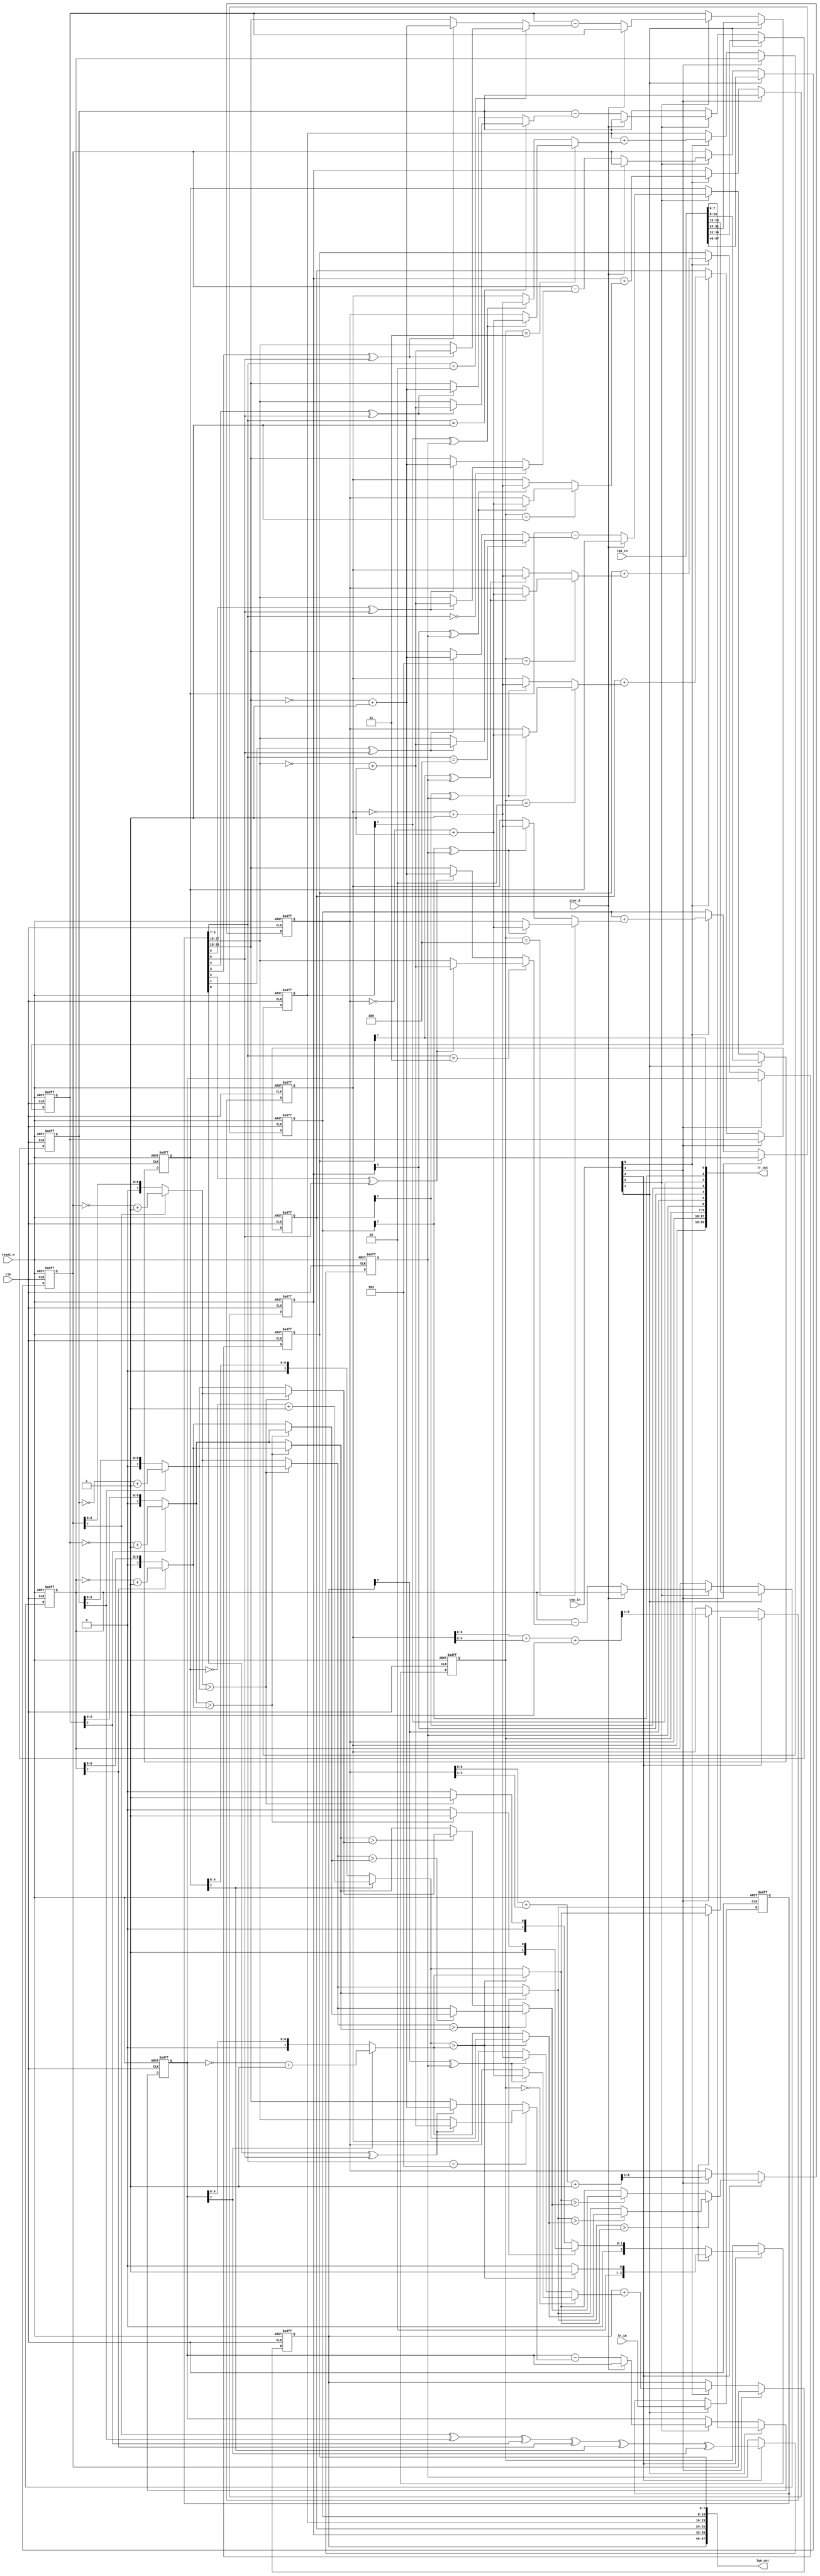
module comp_cell(
    clk,
    reset_n,
    iter_0,
    lq6_in,
    lr_in,
    cnu_in,
    lq6_out,
    lr_out
);

//Parameter
parameter D_WID = 8;

//Input ports
input                 clk        ;
input                 reset_n    ;
input                 iter_0     ;
input  [6*D_WID-1:0]  lq6_in     ;
input  [2*D_WID+9:0]  lr_in      ;
input  [6:0]          cnu_in     ;

//Output ports
output [6*D_WID-1:0]  lq6_out    ;
output [2*D_WID+9:0]  lr_out     ;

reg    [D_WID-1:0]    lq0        ;
reg    [D_WID-1:0]    lq1        ;
reg    [D_WID-1:0]    lq2        ;
reg    [D_WID-1:0]    lq3        ;
reg    [D_WID-1:0]    lq4        ;
reg    [D_WID-1:0]    lq5        ;
reg    [D_WID-1:0]    lq0_dly    ;   
reg    [D_WID-1:0]    lq1_dly    ;   
reg    [D_WID-1:0]    lq2_dly    ;   
reg    [D_WID-1:0]    lq3_dly    ;   
reg    [D_WID-1:0]    lq4_dly    ;   
reg    [D_WID-1:0]    lq5_dly    ;   
reg                   sign_xor   ;
reg    [D_WID-1:0]    abs_less_lq ;
reg    [D_WID-1:0]    abs_least_lq;
reg    [2:0]          least_loc  ; 
reg  [2*D_WID+9:0]    compress_lr;

wire                  in_dly     ;
wire                  in_dly2    ;
wire                  in_dly3    ;
wire                  in_dly4    ;
wire                  in_dly5    ;
wire   [D_WID-1:0]    lq0_diff   ;
wire   [D_WID-1:0]    lq1_diff   ;
wire   [D_WID-1:0]    lq2_diff   ;
wire   [D_WID-1:0]    lq3_diff   ;
wire   [D_WID-1:0]    lq4_diff   ;
wire   [D_WID-1:0]    lq5_diff   ;  
wire   [D_WID-1:0]    lq0_sum    ;  
wire   [D_WID-1:0]    lq1_sum    ;  
wire   [D_WID-1:0]    lq2_sum    ;  
wire   [D_WID-1:0]    lq3_sum    ;  
wire   [D_WID-1:0]    lq4_sum    ;  
wire   [D_WID-1:0]    lq5_sum    ;
wire   [D_WID-1:0]    new_lr0    ;
wire   [D_WID-1:0]    new_lr1    ;
wire   [D_WID-1:0]    new_lr2    ;
wire   [D_WID-1:0]    new_lr3    ;
wire   [D_WID-1:0]    new_lr4    ;
wire   [D_WID-1:0]    new_lr5    ;  
wire   [D_WID-1:0]    abs_lq0    ;  
wire   [D_WID-1:0]    abs_lq1    ;  
wire   [D_WID-1:0]    abs_lq2    ;  
wire   [D_WID-1:0]    abs_lq3    ;  
wire   [D_WID-1:0]    abs_lq4    ;  
wire   [D_WID-1:0]    abs_lq5    ;  
wire                  com0_1     ;
wire                  com2_3     ;
wire                  com4_5     ;
wire   [D_WID-1:0]    less01     ;
wire   [D_WID-1:0]    less23     ;
wire   [D_WID-1:0]    less45     ;
wire   [D_WID-1:0]    more01     ;
wire   [D_WID-1:0]    more23     ;
wire   [D_WID-1:0]    more45     ;
wire   [2:0]          ind_less01 ;
wire   [2:0]          ind_less23 ;
wire   [2:0]          ind_less45 ;
wire   [2:0]          ind_more01 ;
wire   [2:0]          ind_more23 ;
wire   [2:0]          ind_more45 ;
wire                  com01_23   ;
wire   [D_WID-1:0]    more0123   ;
wire   [D_WID-1:0]    least0123  ;
wire   [2:0]          ind_least0123   ;
wire                  com01_0123 ;
wire                  com23_0123 ;
wire   [D_WID-1:0]    less0123   ;
wire   [2:0]          ind_less0123    ;
wire                  com0123_45      ;
wire   [D_WID-1:0]    least012345     ;
wire   [D_WID-1:0]    more012345      ;
wire   [2:0]          ind_least012345 ;                    
wire                  com0123_012345  ;
wire                  com45_012345    ;
wire   [D_WID-1:0]    less012345      ;
wire   [2:0]          ind_less012345  ;
wire   [D_WID:0]      less_lq_w  ;
wire   [D_WID:0]      least_lq_w ;
wire   [D_WID-1:0]    inv_less_lq;
wire   [D_WID-1:0]    inv_least_lq;  
wire                  sign_xor_w ;
wire   [D_WID-1:0]    lr0        ;
wire   [D_WID-1:0]    lr1        ;
wire   [D_WID-1:0]    lr2        ;
wire   [D_WID-1:0]    lr3        ;
wire   [D_WID-1:0]    lr4        ;
wire   [D_WID-1:0]    lr5        ;
wire   [D_WID-1:0]    inv_less_lr;    
wire   [D_WID-1:0]    inv_least_lr;
wire   [D_WID-1:0]    abs_less_lr;
wire   [D_WID-1:0]    abs_least_lr;   
wire                  lr0_sign   ;
wire                  lr1_sign   ;
wire                  lr2_sign   ;
wire                  lr3_sign   ;
wire                  lr4_sign   ;
wire                  lr5_sign   ;
wire                  sign_lr    ;
wire   [2:0]          lr_least_loc;

assign lq6_out = {lq0_dly,lq1_dly,lq2_dly,lq3_dly,lq4_dly,lq5_dly};
assign lr_out = {abs_least_lq, abs_less_lq, least_loc, sign_xor, lq0_dly[D_WID-1], lq1_dly[D_WID-1], lq2_dly[D_WID-1], lq3_dly[D_WID-1], lq4_dly[D_WID-1], lq5_dly[D_WID-1]};

assign lq0_diff = iter_0 ? lq0 : (lq0 - lr0);
assign lq1_diff = iter_0 ? lq1 : (lq1 - lr1);
assign lq2_diff = iter_0 ? lq2 : (lq2 - lr2);
assign lq3_diff = iter_0 ? lq3 : (lq3 - lr3);
assign lq4_diff = iter_0 ? lq4 : (lq4 - lr4);
assign lq5_diff = iter_0 ? lq5 : (lq5 - lr5);

assign {abs_least_lr, abs_less_lr, lr_least_loc, sign_lr, lr0_sign, lr1_sign, lr2_sign, lr3_sign, lr4_sign, lr5_sign} = compress_lr; 
assign inv_less_lr = ~abs_less_lr + 1'b1;
assign inv_least_lr = ~abs_least_lr + 1'b1;
assign lr0 = (lr_least_loc==3'h0) ? ((lr0_sign ^ sign_lr)? inv_less_lr : abs_less_lr ) : ((lr0_sign ^ sign_lr)? inv_least_lr : abs_least_lr ); 
assign lr1 = (lr_least_loc==3'h1) ? ((lr1_sign ^ sign_lr)? inv_less_lr : abs_less_lr ) : ((lr1_sign ^ sign_lr)? inv_least_lr : abs_least_lr ); 
assign lr2 = (lr_least_loc==3'h2) ? ((lr2_sign ^ sign_lr)? inv_less_lr : abs_less_lr ) : ((lr2_sign ^ sign_lr)? inv_least_lr : abs_least_lr ); 
assign lr3 = (lr_least_loc==3'h3) ? ((lr3_sign ^ sign_lr)? inv_less_lr : abs_less_lr ) : ((lr3_sign ^ sign_lr)? inv_least_lr : abs_least_lr ); 
assign lr4 = (lr_least_loc==3'h4) ? ((lr4_sign ^ sign_lr)? inv_less_lr : abs_less_lr ) : ((lr4_sign ^ sign_lr)? inv_least_lr : abs_least_lr ); 
assign lr5 = (lr_least_loc==3'h5) ? ((lr5_sign ^ sign_lr)? inv_less_lr : abs_less_lr ) : ((lr5_sign ^ sign_lr)? inv_least_lr : abs_least_lr ); 


assign  in_dly  =  cnu_in[2] ;
assign  in_dly2 =  cnu_in[3] ;
assign  in_dly3 =  cnu_in[4] ;
assign  in_dly4 =  cnu_in[5] ;
assign  in_dly5 =  cnu_in[6] ;

always @ (posedge clk or negedge reset_n)
begin : lr_r
    if(!reset_n) 
        compress_lr <= #1 {(2*D_WID+10){1'b0}};
    else if(cnu_in[1]) 
        compress_lr <= #1 lr_in;
end
        
always @ (posedge clk or negedge reset_n)
begin : lq_r
    if(!reset_n) begin
        lq0 <= #1 {D_WID{1'b0}};
        lq1 <= #1 {D_WID{1'b0}};
        lq2 <= #1 {D_WID{1'b0}};
        lq3 <= #1 {D_WID{1'b0}};
        lq4 <= #1 {D_WID{1'b0}};
        lq5 <= #1 {D_WID{1'b0}};
        end
    else if(cnu_in[1]) begin
        lq0 <= #1 lq6_in[6*D_WID-1:5*D_WID];
        lq1 <= #1 lq6_in[5*D_WID-1:4*D_WID];
        lq2 <= #1 lq6_in[4*D_WID-1:3*D_WID];
        lq3 <= #1 lq6_in[3*D_WID-1:2*D_WID];
        lq4 <= #1 lq6_in[2*D_WID-1:  D_WID];
        lq5 <= #1 lq6_in[  D_WID-1:0];
        end
    else if(in_dly) begin
        lq0 <= #1 lq0_diff;
        lq1 <= #1 lq1_diff;
        lq2 <= #1 lq2_diff;
        lq3 <= #1 lq3_diff;
        lq4 <= #1 lq4_diff;
        lq5 <= #1 lq5_diff;
        end
//    else if(in_dly2) begin
//              
//        end
    else ;
end

// Lrij Sign (Lq) and Minimum Value
// Sign bit
assign sign_xor_w = lq0[D_WID-1] ^ lq1[D_WID-1] ^ lq2[D_WID-1] ^ lq3[D_WID-1] ^ lq4[D_WID-1] ^ lq5[D_WID-1];

// Absolute value   
assign abs_lq0 = lq0[D_WID-1] ? (~lq0 + 1'b1) : lq0;
assign abs_lq1 = lq1[D_WID-1] ? (~lq1 + 1'b1) : lq1;
assign abs_lq2 = lq2[D_WID-1] ? (~lq2 + 1'b1) : lq2;
assign abs_lq3 = lq3[D_WID-1] ? (~lq3 + 1'b1) : lq3;
assign abs_lq4 = lq4[D_WID-1] ? (~lq4 + 1'b1) : lq4;
assign abs_lq5 = lq5[D_WID-1] ? (~lq5 + 1'b1) : lq5;

// L1,L2 finder current leave 2 cycles for L1,L2 finder
// Compare 2 group
assign com0_1      = abs_lq0 > abs_lq1;
assign com2_3      = abs_lq2 > abs_lq3;
assign com4_5      = abs_lq4 > abs_lq5;

// Keep more, less, index value
assign less01      = com0_1 ? abs_lq1 : abs_lq0 ;
assign less23      = com2_3 ? abs_lq3 : abs_lq2 ;
assign less45      = com4_5 ? abs_lq5 : abs_lq4 ;
assign more01      = com0_1 ? abs_lq0 : abs_lq1 ;
assign more23      = com2_3 ? abs_lq2 : abs_lq3 ;
assign more45      = com4_5 ? abs_lq4 : abs_lq5 ;
assign ind_less01  = com0_1 ? 3'h1    : 3'h0    ;
assign ind_less23  = com2_3 ? 3'h3    : 3'h2    ;
assign ind_less45  = com4_5 ? 3'h5    : 3'h4    ;
assign ind_more01  = com0_1 ? 3'h0    : 3'h1    ; 
assign ind_more23  = com2_3 ? 3'h2    : 3'h3    ; 
assign ind_more45  = com4_5 ? 3'h4    : 3'h5    ; 

// 01 vs 23 comparsion
assign com01_23      = less01   > less23;
assign more0123      = com01_23 ? less01 : less23;
assign least0123     = com01_23 ? less23 : less01;
assign ind_least0123 = com01_23 ? ind_less23 : ind_less01 ;

assign com01_0123    = less01     > more23;
assign com23_0123    = less23     > more01;
assign less0123      = com01_23 ? (com01_0123 ? more23 : less01) : (com23_0123 ? more01 : less23);
assign ind_less0123  = com23_0123 ? (com01_0123 ? ind_more23 : ind_less01 ) : (com23_0123 ? ind_more01 : ind_less23 );

// 0123 vs 45 comparsion
assign com0123_45      = least0123 > less45 ;
assign least012345     = com0123_45 ? less45 : least0123;
assign more012345      = com0123_45 ? least0123 : less45;
assign ind_least012345 = com0123_45 ? ind_less45 : ind_least0123;

assign com0123_012345  = least0123 > more45;
assign com45_012345    = less45 > less0123;
assign less012345      = com0123_45 ? ( com0123_012345 ? more45 : least0123 ) : ( com45_012345 ? less0123 : less45 );
assign ind_less012345  = com0123_45 ? ( com0123_012345 ? ind_more45 : ind_least0123) : (com45_012345 ? ind_less0123 : ind_less45 );

// compress lr information
assign less_lq_w  = {1'b0, abs_less_lq[D_WID-2:0]} + {3'b0, abs_less_lq[D_WID-4:2]} + 1'b1;
assign least_lq_w = {1'b0,abs_least_lq[D_WID-2:0]} + {3'b0,abs_least_lq[D_WID-4:2]} + 1'b1; 

always @ (posedge clk or negedge reset_n)
begin : lq_less_r
    if(!reset_n) begin
        abs_less_lq  <= #1 {D_WID{1'b0}};
        abs_least_lq <= #1 {D_WID{1'b0}};
        least_loc    <= #1 3'h0;
        sign_xor     <= #1 1'b0;
        end
    else if(in_dly2) begin
        abs_less_lq  <= #1 less012345;
        abs_least_lq <= #1 least012345;
        least_loc    <= #1 ind_least012345;
        sign_xor     <= #1 sign_xor_w;
        end
    else if(in_dly3) begin
        abs_less_lq  <= #1 less_lq_w[D_WID:1];
        abs_least_lq <= #1 least_lq_w[D_WID:1];
        end
end

assign inv_less_lq = ~abs_less_lq + 1'b1;
assign inv_least_lq = ~abs_least_lq + 1'b1;

assign new_lr0 = (least_loc==3'h0) ? ((lq0_dly[D_WID-1]^sign_xor) ? inv_less_lq : abs_less_lq ) : ((lq0_dly[D_WID-1]^sign_xor) ? inv_least_lq : abs_least_lq );
assign new_lr1 = (least_loc==3'h1) ? ((lq1_dly[D_WID-1]^sign_xor) ? inv_less_lq : abs_less_lq ) : ((lq1_dly[D_WID-1]^sign_xor) ? inv_least_lq : abs_least_lq );
assign new_lr2 = (least_loc==3'h2) ? ((lq2_dly[D_WID-1]^sign_xor) ? inv_less_lq : abs_less_lq ) : ((lq2_dly[D_WID-1]^sign_xor) ? inv_least_lq : abs_least_lq );
assign new_lr3 = (least_loc==3'h3) ? ((lq3_dly[D_WID-1]^sign_xor) ? inv_less_lq : abs_less_lq ) : ((lq3_dly[D_WID-1]^sign_xor) ? inv_least_lq : abs_least_lq );
assign new_lr4 = (least_loc==3'h4) ? ((lq4_dly[D_WID-1]^sign_xor) ? inv_less_lq : abs_less_lq ) : ((lq4_dly[D_WID-1]^sign_xor) ? inv_least_lq : abs_least_lq );
assign new_lr5 = (least_loc==3'h5) ? ((lq5_dly[D_WID-1]^sign_xor) ? inv_less_lq : abs_less_lq ) : ((lq5_dly[D_WID-1]^sign_xor) ? inv_least_lq : abs_least_lq );
assign lq0_sum = lq0_dly + new_lr0;
assign lq1_sum = lq1_dly + new_lr1;
assign lq2_sum = lq2_dly + new_lr2;
assign lq3_sum = lq3_dly + new_lr3;
assign lq4_sum = lq4_dly + new_lr4;
assign lq5_sum = lq5_dly + new_lr5;

always @ (posedge clk or negedge reset_n)
begin : lq_dly_r
    if(!reset_n) begin
        lq0_dly <= #1 {D_WID{1'b0}};
        lq1_dly <= #1 {D_WID{1'b0}};
        lq2_dly <= #1 {D_WID{1'b0}};
        lq3_dly <= #1 {D_WID{1'b0}};
        lq4_dly <= #1 {D_WID{1'b0}};
        lq5_dly <= #1 {D_WID{1'b0}};
        end 
    else if(in_dly3) begin
        lq0_dly <= #1 lq0;
        lq1_dly <= #1 lq1;
        lq2_dly <= #1 lq2;
        lq3_dly <= #1 lq3;
        lq4_dly <= #1 lq4;
        lq5_dly <= #1 lq5;
        end
    else if(in_dly4) begin
        lq0_dly <= #1 lq0_sum;
        lq1_dly <= #1 lq1_sum;
        lq2_dly <= #1 lq2_sum;
        lq3_dly <= #1 lq3_sum;
        lq4_dly <= #1 lq4_sum;
        lq5_dly <= #1 lq5_sum;
        end        
end
        

endmodule